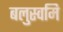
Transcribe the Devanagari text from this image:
बलुस्वमि